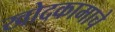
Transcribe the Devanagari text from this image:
खोदकामाचे